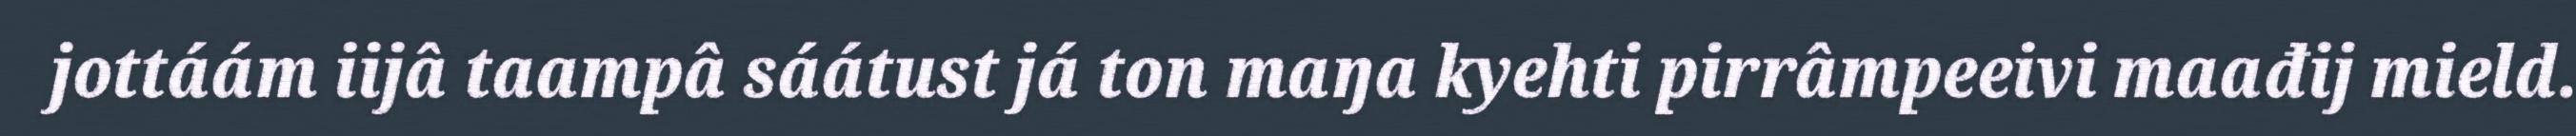
jottáám iijâ taampâ sáátust já ton maŋa kyehti pirrâmpeeivi maađij mield.